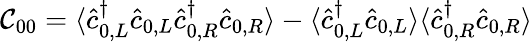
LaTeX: \mathcal{C}_{00}=\langle\hat{c}_{0,L}^{\dagger}\hat{c}_{0,L}\hat{c}_{0,R}^{\dagger}\hat{c}_{0,R}\rangle-\langle\hat{c}_{0,L}^{\dagger}\hat{c}_{0,L}\rangle\langle\hat{c}_{0,R}^{\dagger}\hat{c}_{0,R}\rangle